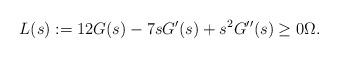
LaTeX: \begin{align*}L(s) := 12G(s) - 7sG'(s) + s^2 G''(s)\geq 0 \Omega.\end{align*}